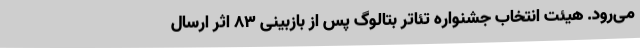
می‌رود. هیئت انتخاب جشنواره تئاتر بتالوگ پس از بازبینی 83 اثر ارسال